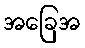
အခြေအ